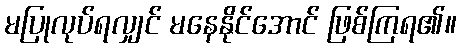
မပြုလုပ်ရလျှင် မနေနိုင်အောင် ဖြစ်ကြရ၏။